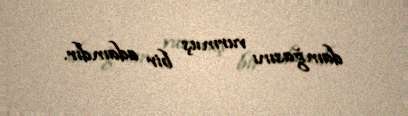
damğasını vurmuş bir adamdır.